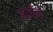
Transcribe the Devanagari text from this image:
आजीची